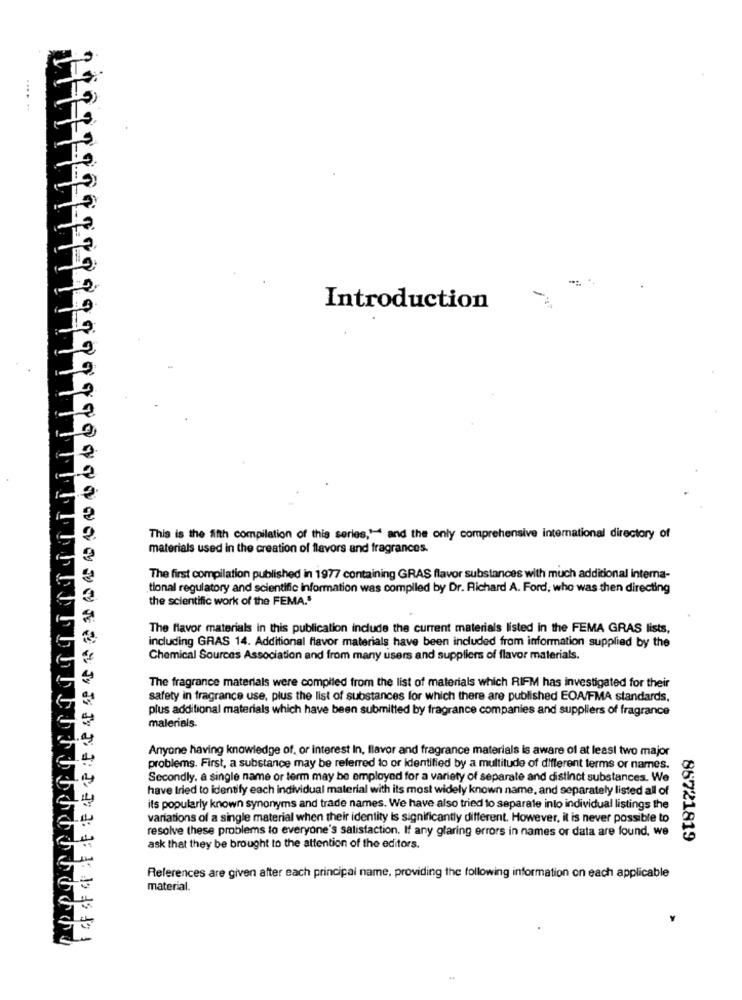
Introduction
This is the fifth compilation of this series,"-4 and the only comprehensive international directory of
materials used in the creation of flavors and fragrances.
The first compilation published in 1977 containing GRAS flavor substances with much additional interna-
tional regulatory and scientific information was compiled by Dr. Richard A. Ford, who was then directing
the scientific work of the FEMA."
The flavor materials in this publication include the current materials listed in the FEMA GRAS lists,
including GRAS 14. Additional flavor materials have been included from information supplied by the
Chemical Sources Association and from many users and suppliers of flavor materials.
The fragrance materials were compiled from the list of materials which RIFM has investigated for their
safety in fragrance use, plus the list of substances for which there are published EOA/FMA standards,
plus additional materials which have been submitted by fragrance companies and suppliers of fragrance
malerials.
Anyone having knowledge of, or interest In, flavor and fragrance materials is aware of at least two major
problems. First, a substance may be referred to or identified by a multitude of different terms or names.
Secondly, a single name or term may be employed for a variety of separate and distinct substances. We
have tried to identify each individual material with its most widely known name, and separately listed all of
its popularly known synonyms and trade names. We have also tried to separate into individual listings the
variations of a single material when their identity is significantly different. However, it is never possible to
resolve these problems to everyone's salistaction. If any glaring errors in names or data are found, we
86721819
ask that they be brought to the attention of the editors.
References are given after each principal name, providing the following information on each applicable
material.